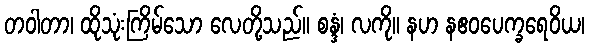
တဝါတာ၊ ထိုသုံးကြိမ်သော လေတို့သည်။ စန္ဒံ၊ လကို။ နဟ နဧဝပေက္ခရေဝိယ၊